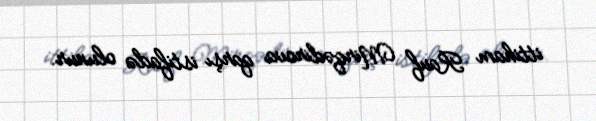
ittiham Rauf Mirqədirova qarşı istifadə olunur.